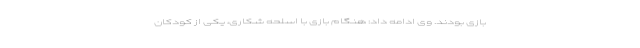
بازی بودند. وی ادامه داد: هنگام بازی با اسلحه شکاری، یکی از کودکان